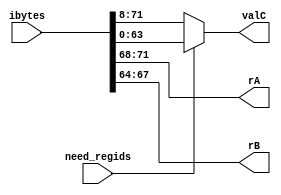
// instr_valid - Indicates if this byte correspond to a legal Y86-64 instruction. This signal is used to detect an illegal instruction.
// need_regids - Indicates if this instruction include a register specifier byte.
// need_valC - Indicates if this instruction include a constant word.
// Extract immediate word from 9 bytes of instruction
module align(input [71:0] ibytes, input need_regids, output [ 3:0]  rA, output [ 3:0]  rB, output [63:0] valC);
    assign rA = ibytes[71:68];
    assign rB = ibytes[67:64];
    assign valC = need_regids ? ibytes[63:0] : ibytes[71:8];
endmodule